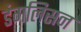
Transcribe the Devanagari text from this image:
डंगलिसन